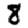
Digit: 8